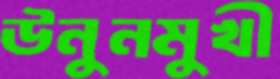
উনুনমুখী